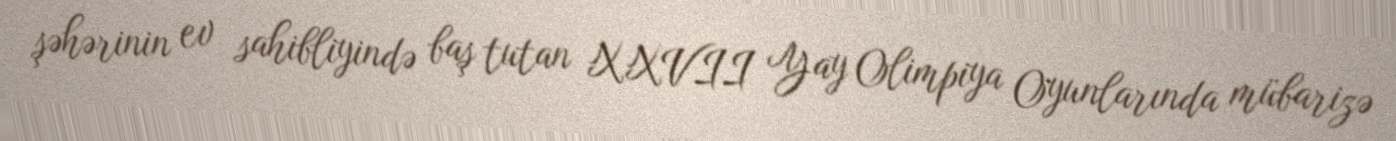
şəhərinin ev sahibliyində baş tutan XXVII Yay Olimpiya Oyunlarında mübarizə